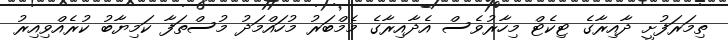
ތިމަރަފުށީ ދާއިރާގެ ޓިކެޓް މިހާރުވެސް އެދާއިރާގެ މެމްބަރު މުހައްމަދު މުސްތަފާ ކަމިޔާބު ކުރެއްވިއިރު